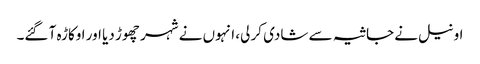
اونیل نے جاثیہ سے شادی کر لی، انہوں نے شہر چھوڑ دیا اور اوکاڑہ آ گئے۔